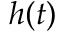
h ( t )